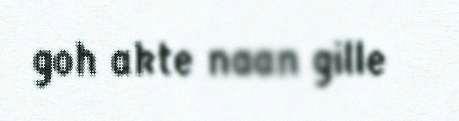
goh akte naan gille